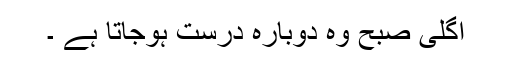
اگلی صبح وہ دوبارہ درست ہوجاتا ہے ۔